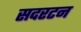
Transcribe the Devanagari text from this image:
सदरटन